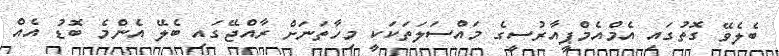
ބެލެވޭ ގޮތުގައި އެމްއެމްޕީއާރުސީގެ މައްސަލަތަކަކީ މިހާތަނަށް ރާއްޖޭގައި ބެލޭ އެންމެ ބޮޑު އެއް